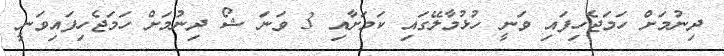
ދިނުމަށް ހަމަޖެހިފައި ވަނީ ހުޅުމާލޭގައި ކަމަށާއި 3 ވަނަ ޝޯ ދިނުމަށް ހަމަޖެހިފައިވަނީ